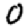
Digit: 0